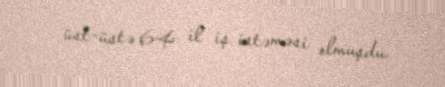
üst-üstə 64 il iş istəməsi olmuşdu.